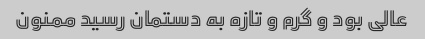
عالی بود و گرم و تازه به دستمان رسید ممنون